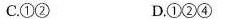
C.①( D.①②④